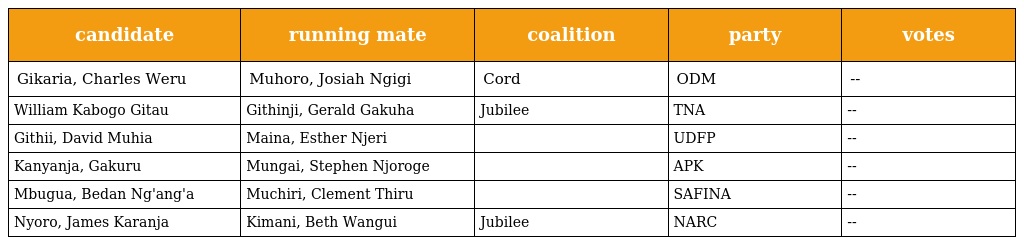
| candidate | running mate | coalition | party | votes |
 | --- | --- | --- | --- | --- |
 | Gikaria, Charles Weru | Muhoro, Josiah Ngigi | Cord | ODM | -- |
 | William Kabogo Gitau | Githinji, Gerald Gakuha | Jubilee | TNA | -- |
 | Githii, David Muhia | Maina, Esther Njeri |  | UDFP | -- |
 | Kanyanja, Gakuru | Mungai, Stephen Njoroge |  | APK | -- |
 | Mbugua, Bedan Ng'ang'a | Muchiri, Clement Thiru |  | SAFINA | -- |
 | Nyoro, James Karanja | Kimani, Beth Wangui | Jubilee | NARC | -- |